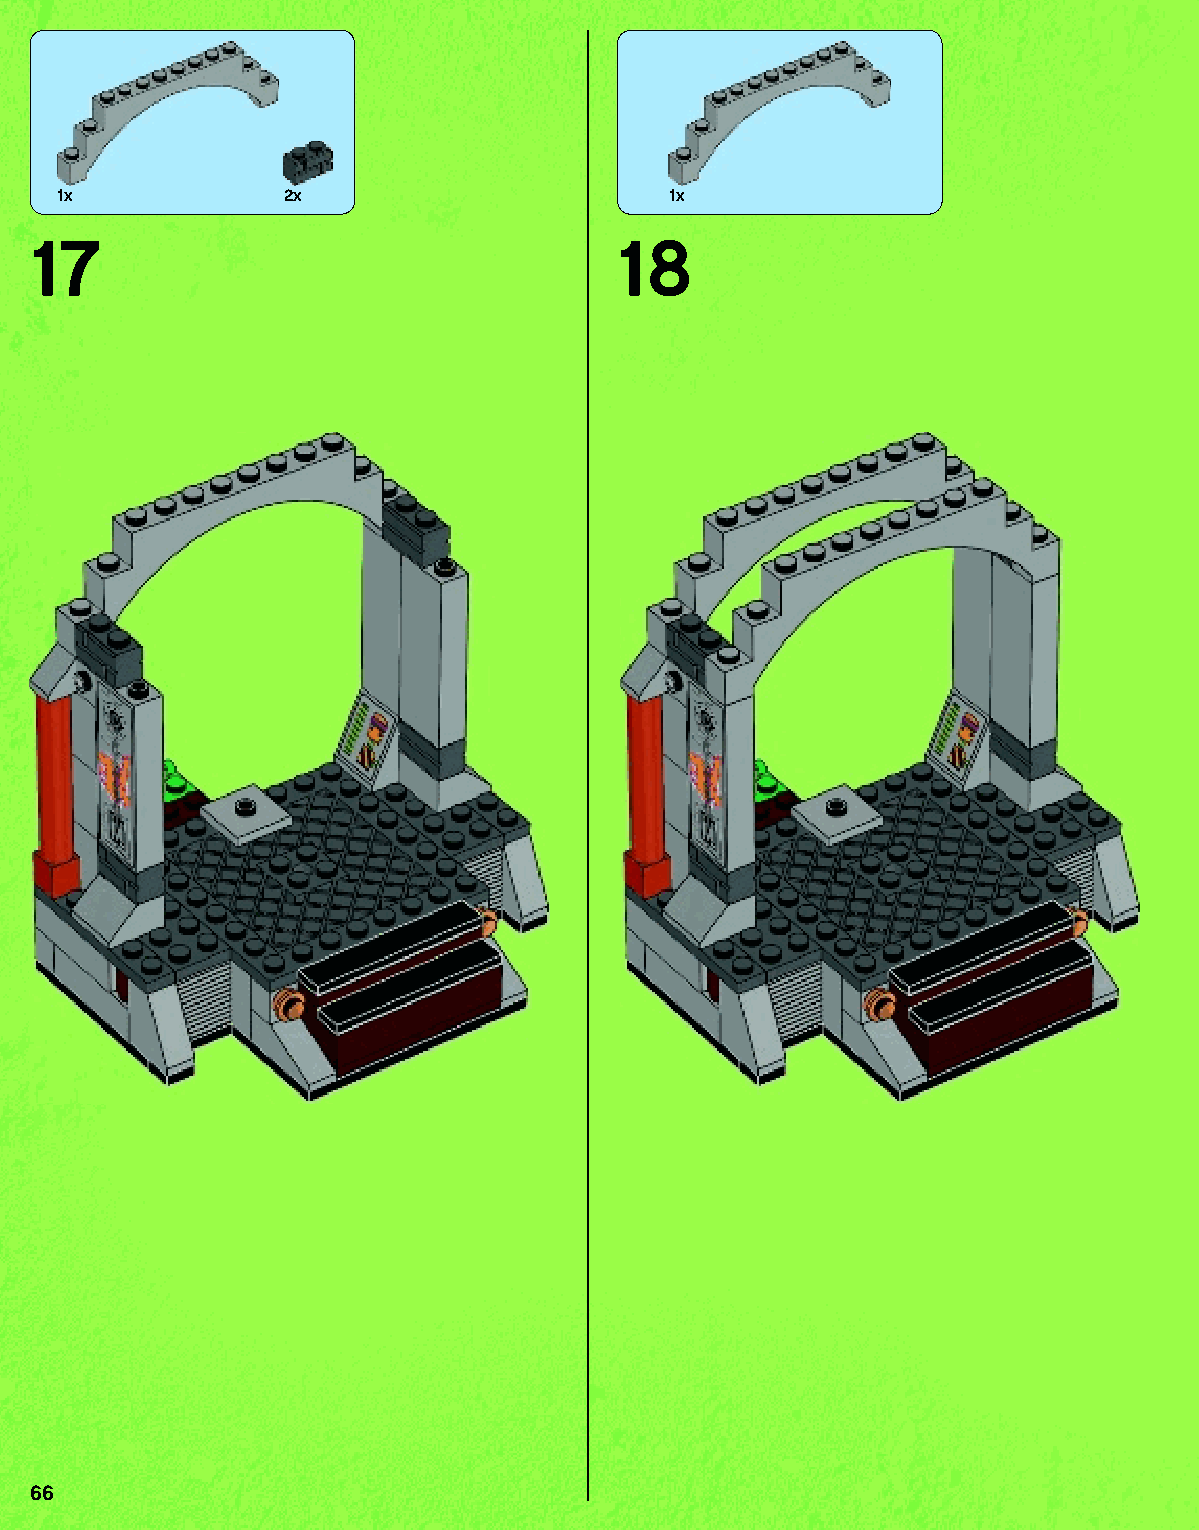
1x            2x                       1x
 17                                  18
 66
 79117_Book1.indd 66                                               01/11/2013 4:35 PM